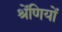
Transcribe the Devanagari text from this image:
श्रेंणियों